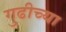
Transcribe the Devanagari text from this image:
गुढीच्या